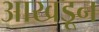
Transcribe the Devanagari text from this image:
आखडून